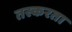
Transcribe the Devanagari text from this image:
तस्करता